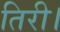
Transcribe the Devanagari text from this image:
तिरी।